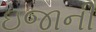
ઇજાની